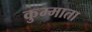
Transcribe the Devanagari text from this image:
कुम्माता